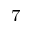
^ 7